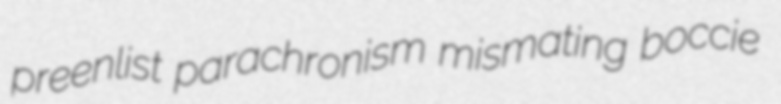
preenlist parachronism mismating boccie